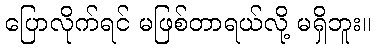
ပြောလိုက်ရင် မဖြစ်တာရယ်လို့ မရှိဘူး။